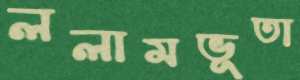
ললামভূতা